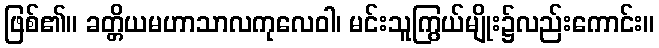
ဖြစ်၏။ ခတ္တိယမဟာသာလကုလေဝါ၊ မင်းသူကြွယ်မျိုး၌လည်းကောင်း။